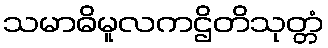
သမာဓိမူလကဌိတိသုတ္တံ